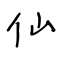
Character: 仙